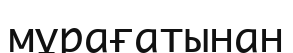
мұрағатынан